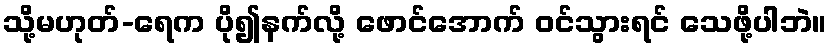
သို့မဟုတ်-ရေက ပို၍နက်လို့ ဖောင်အောက် ဝင်သွားရင် သေဖို့ပါဘဲ။